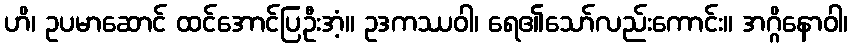
ဟိ၊ ဥပမာဆောင် ထင်အောင်ပြဦးအံ့။ ဥဒကဿဝါ၊ ရေ၏သော်လည်းကောင်း။ အဂ္ဂိနောဝါ၊